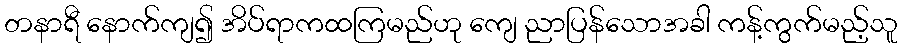
တနာရီ နောက်ကျ၍ အိပ်ရာကထကြမည်ဟု ကျေ ညာပြန်သောအခါ ကန့်ကွက်မည့်သူ